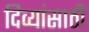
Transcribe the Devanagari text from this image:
दिव्यांसाठी